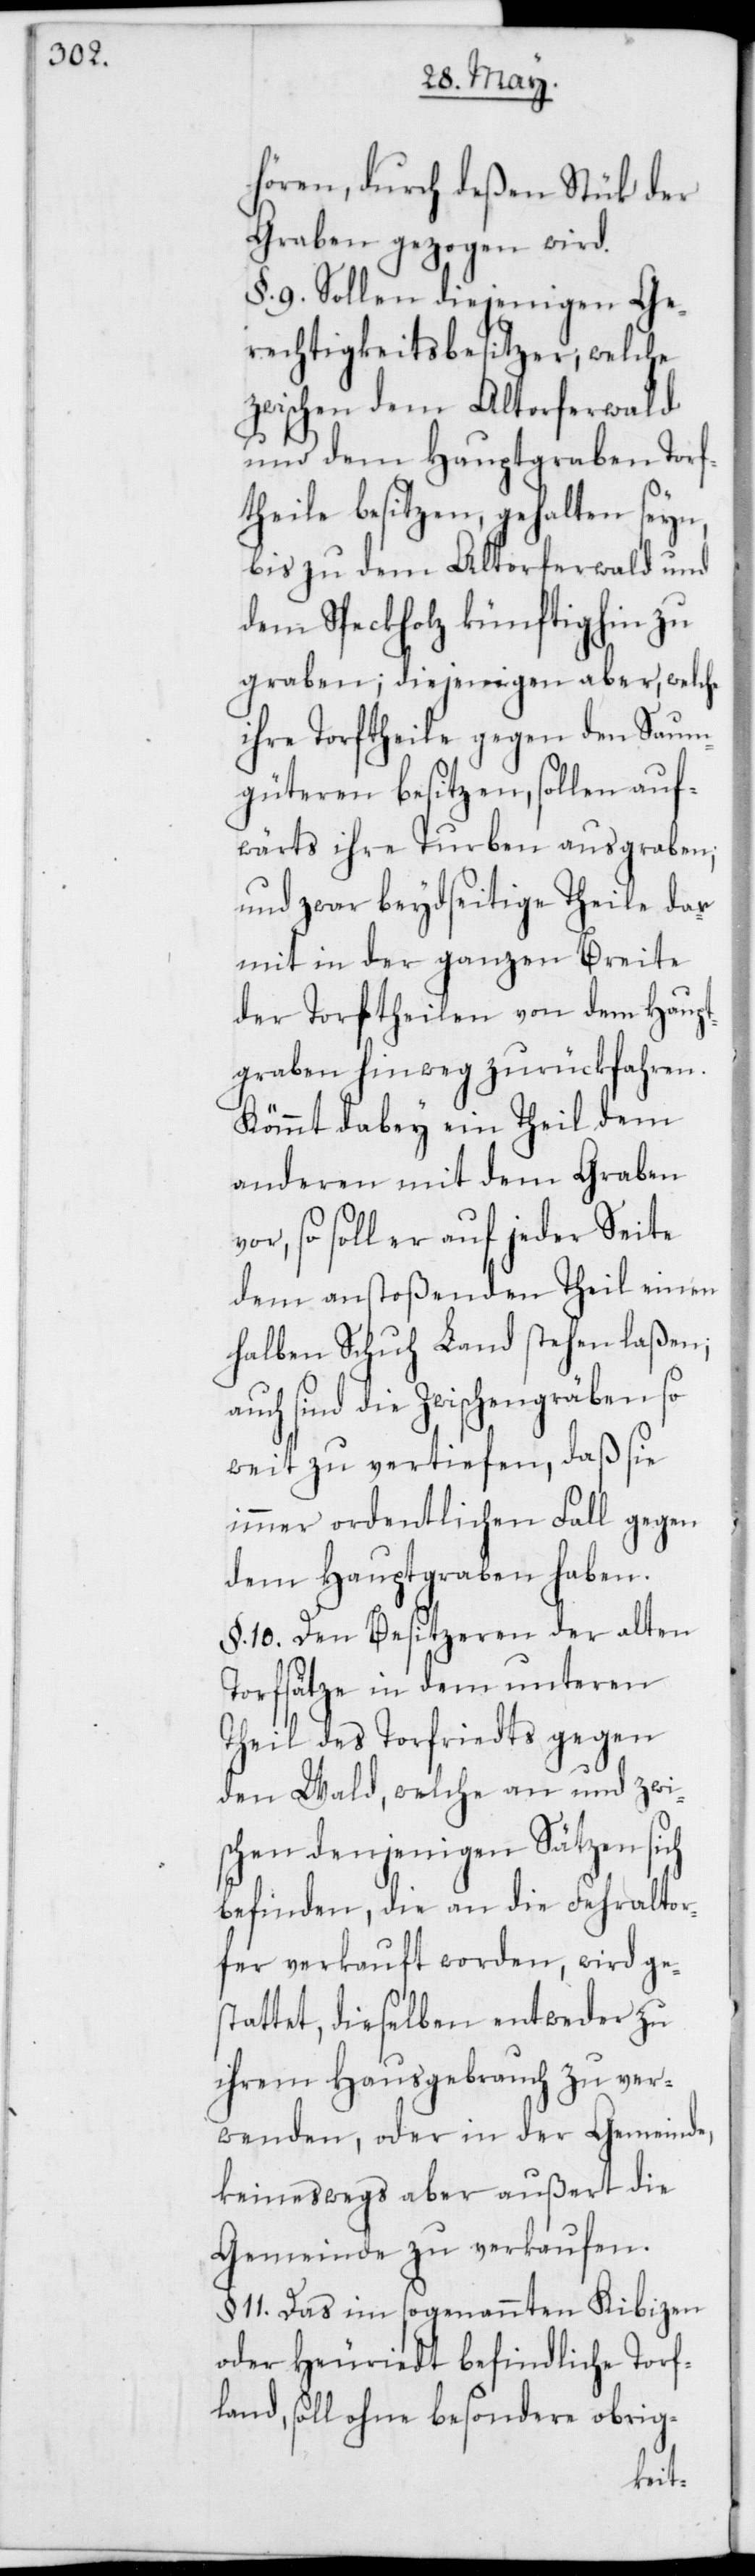
hören, durch deßen Stük der
Graben gezogen wird.
§. 9. Sollen diejenigen Ge¬
rechtigkeitsbesitzer, welche
zwischen dem Altorferwald
und dem Hauptgraben Torf¬
theile besitzen, gehalten seyn,
bis zu dem Altorferwald und
dem Speckholz künftighin zu
graben; diejenigen aber, welche
ihre Torftheile gegen den Saum¬
güteren besitzen, sollen auf¬
wärts ihre Turben ausgraben;
und zwar beydseitige Theile dar¬
mit in der ganzen Breite
der Torftheilen von dem Haupt¬
graben hinweg zurückfahren.
Kömmt dabey ein Theil dem
anderen mit dem Graben
vor, so soll er auf jeder Seite
dem anstoßenden Theil einen
halben Schuh Land stehen laßen;
auch sind die Zwischengräben so
weit zu vertiefen, daß sie
immer ordentlichen Fall gegen
dem Hauptgraben haben.
§. 10. Den Besitzeren der alten
Torfsätze in dem unteren
Theil des Torfriedts gegen
den Wald, welche an und zwis¬
chen denjenigen Sätzen sich
befinden, die an die Fehraltor¬
fer verkauft worden, wird ge¬
stattet, dieselben entweder zu
ihrem Hausgebrauch zu ver¬
wenden, oder in der Gemeinde,
keineswegs aber außert die
Gemeinde zu verkaufen.
§. 11. Das im sogenannten Kibizen
oder Heuriedt befindliche Torf¬
land, soll ohne besondere obrig-